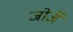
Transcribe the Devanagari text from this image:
जोर्जे